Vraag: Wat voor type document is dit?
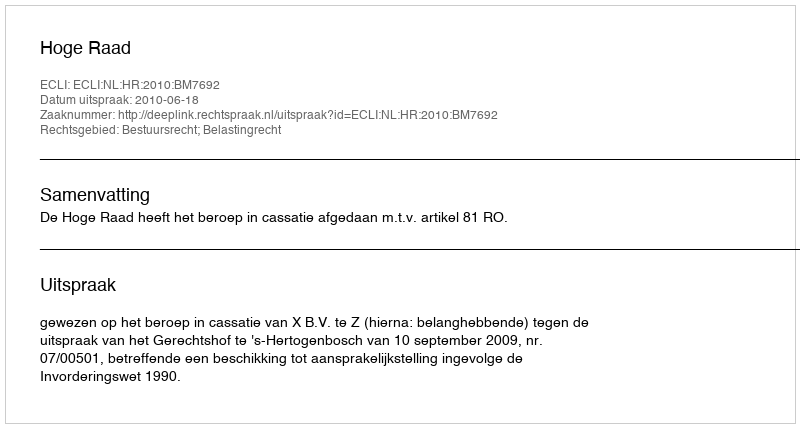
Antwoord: Uitspraak